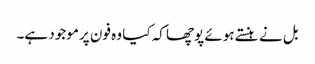
بل نے ہنستے ہوئے پوچھا کہ کیا وہ فون پر موجود ہے۔